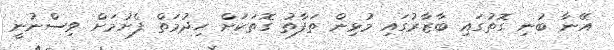
އޭނާ ބުނި ގޮތުގައި ބާޒާރުގައި މުޅިން ތަފާތު ގޮތަކަށް ހިދުމަތް ފެށުމަށް ވިސްނުނީ